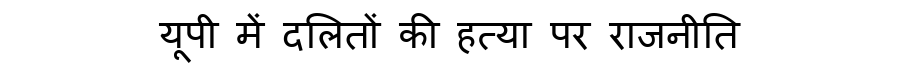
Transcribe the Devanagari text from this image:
यूपी में दलितों की हत्या पर राजनीति